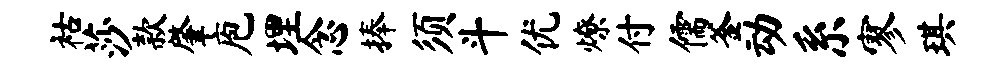
祜莎款肇庖埋念捧须斗优燎付儒釜动系寥琪